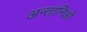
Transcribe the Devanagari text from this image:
अन्तानिओ